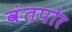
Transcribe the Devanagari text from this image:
वंतपोर